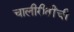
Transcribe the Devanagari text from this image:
चालीरीतींची